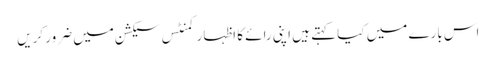
اس بارے میں کیا کہتے ہیں اپنی رائے کا اظہار کمنٹس سیکشن میں ضرور کریں